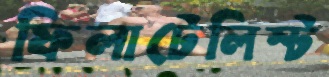
ফিলাটেলিস্ট